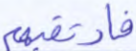
فارتقبهم